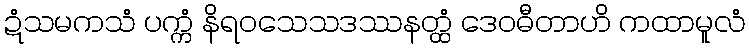
ဍံသမကသံ ပက္ကံ နိရဝသေသဒဿနတ္ထံ ဒေဝဓီတာဟိ ကထာမူလံ